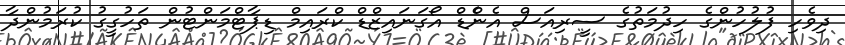
ދިވެހި ފުލުހުންގެ ހިދުމަތުގެ ސީރިއަސް އެންެޑް އޯގަނައިޒްޑް ކްރައިމް ޑިޕާޓްމަންޓުން ތަހުގީގު ކުރަމުންދާ